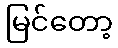
မြင်တော့